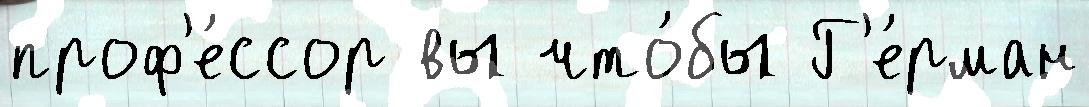
проф'е́ссор вы что́бы Г'е́рман